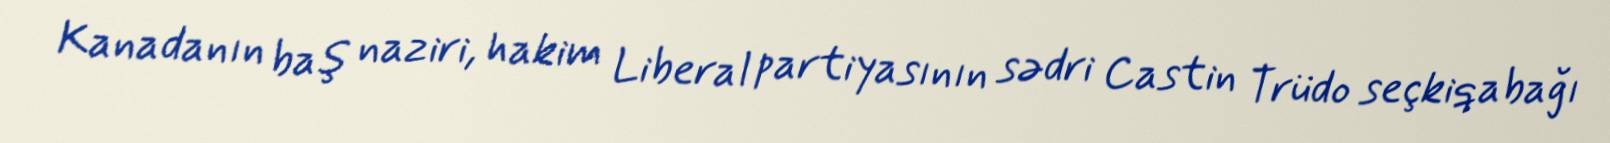
Kanadanın baş naziri, hakim Liberal partiyasının sədri Castin Trüdo seçkiqabağı